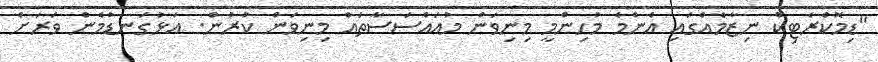
"ޑިމޮކްރެޓިކް ނިޒާމެއްގައި އެންމެ މުހިންމީ މިނިވަން މުއައްސަސާތައް މިނިވަން ކުރުން. އަޅުގަނޑުމެން ވަރަށް